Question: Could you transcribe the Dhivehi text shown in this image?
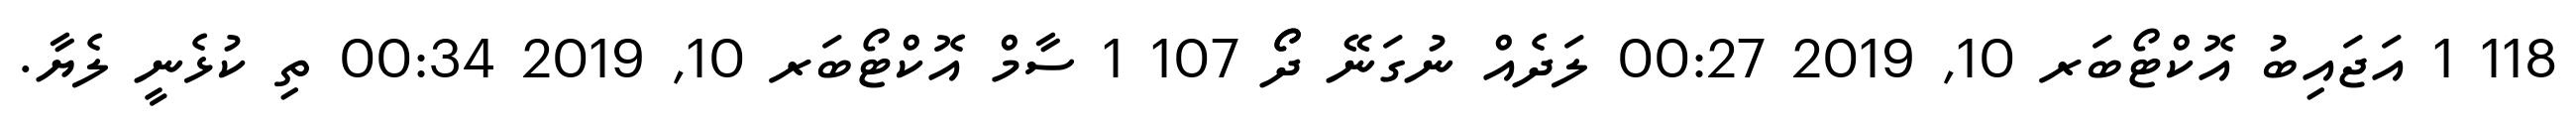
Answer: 118 1 އަޖައިބު އޮކްޓޯބަރ 10, 2019 00:27 ލަދެއް ނުގަނޭ ދޯޯ 107 1 ސާމް އޮކްޓޯބަރ 10, 2019 00:34 ތި ކުޅެނީ ލެޔާ.